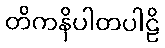
တိကနိပါတပါဠိ